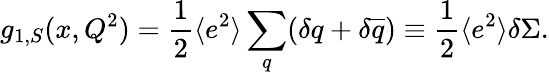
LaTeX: g_{1,S}(x,Q^{2})=\frac{1}{2}\langle e^{2}\rangle\sum_{q}(\delta q+\delta\overline{{{q}}})\equiv\frac{1}{2}\langle e^{2}\rangle\delta\Sigma.